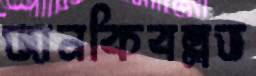
জানকিবল্লভ